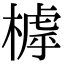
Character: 㯉